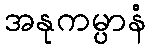
အနုကမ္ပာနံ